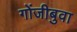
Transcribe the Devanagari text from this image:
गोंजीबुवा